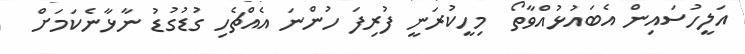
އަލީހުސައިން އެބައުޅުއްވާތޯ  މިހީކުރަނީ ފުރިފަ ހުންނަ އެއްޗެހި ގުޑުގުޑު ނާޅާނެކަމަށް